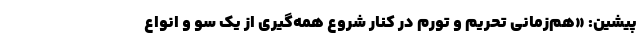
پیشین: «‌هم‌زمانی تحریم و تورم در کنار شروع همه‌گیری از یک سو و انواع